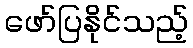
ဖော်ပြနိုင်သည့်